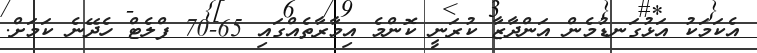
އެކަމަކު އަޅުގަނޑުމެން އަންދާޒާ ކުރަނީ ކޮންމެ އިމާރާތެއްގައި 65-70 ފްލެޓް ހެދޭނެ ކަމަށް.